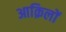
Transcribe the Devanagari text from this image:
आक़िलों